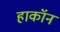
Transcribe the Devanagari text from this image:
हाकॉन